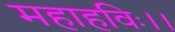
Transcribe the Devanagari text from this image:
महाहविः।।